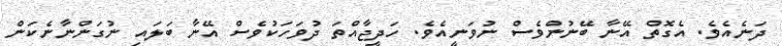
ދަނެއެވެ. އެގޮތް އޭނާ ބޭނުންވެސް ނުވަނީއެވެ. ހަދީޖާއްތަ ދުވަހަކުވެސް އޭނާ ބަލައި ނުގަންނާނެކަން